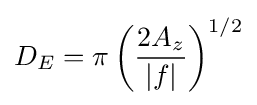
D_{E}=\pi \left({\frac {2A_{z}}{|f|}}\right)^{1/2}\,\!